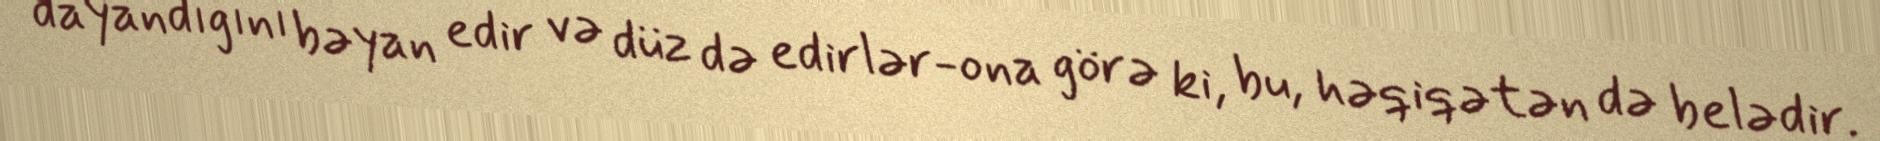
dayandığını bəyan edir və düz də edirlər-ona görə ki, bu, həqiqətən də belədir.